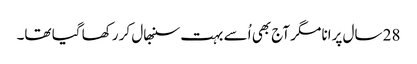
28 سال پرانا مگر آج بھی اُسے بہت سنبھال کر رکھا گیا تھا۔